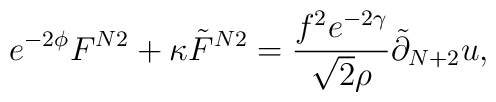
e^{-2\phi} F^{N2}+\kappa {\tilde F}^{N2}=\frac{f^2 e^{-2\gamma}}{\sqrt{2}\rho}{\tilde \partial}_{N+2}u,